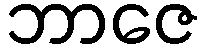
ဘာဇေ